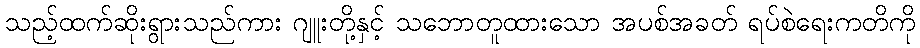
သည့်ထက်ဆိုးရွားသည်ကား ဂျူးတို့နှင့် သဘောတူထားသော အပစ်အခတ် ရပ်စဲရေးကတိကို